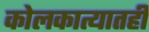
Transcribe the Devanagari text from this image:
कोलकात्यातही